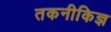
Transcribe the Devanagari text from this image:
तकनीकिज्ञ